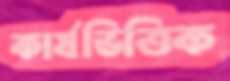
কার্যভিত্তিক